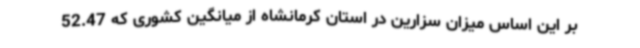
بر این اساس میزان سزارین در استان کرمانشاه از میانگین کشوری که 52.47